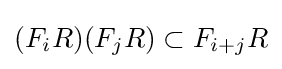
(F_{i}R)(F_{j}R)\subset F_{i+j}R